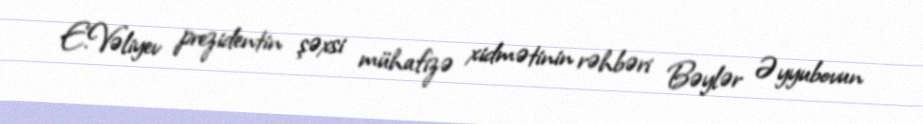
E.Vəliyev prezidentin şəxsi mühafizə xidmətinin rəhbəri Bəylər Əyyubovun